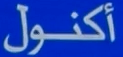
أكنول